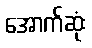
အောက်ဆုံး